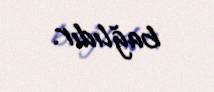
bağlıdır.